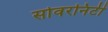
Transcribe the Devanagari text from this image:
सोवरनिटी